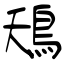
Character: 鴁